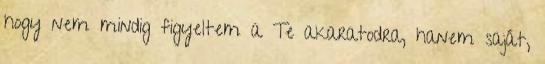
hogy nem mindig figyeltem a Te akaratodra, hanem saját,